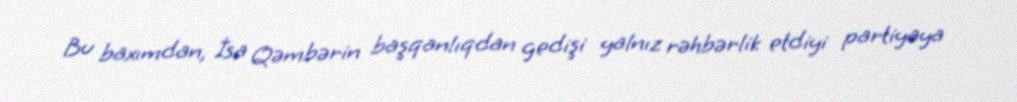
Bu baxımdan, İsa Qəmbərin başqanlıqdan gedişi yalnız rəhbərlik etdiyi partiyaya